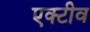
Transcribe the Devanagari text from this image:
एक्टीव